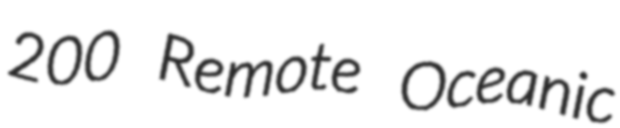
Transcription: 200 Remote Oceanic